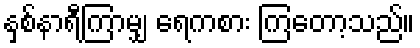
နှစ်နာရီကြာမျှ ရေကစား ကြတော့သည်။